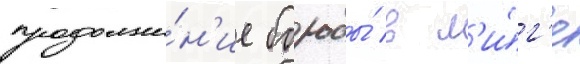
продолже́н'ие борьбы́ в л'и́г'е